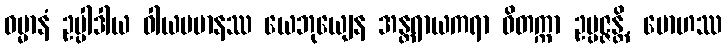
ဓမ္မာနံ ဥပ္ပါဒါယ ဝါယမမာနဿ ယေဘုယျေန အန္တရာယကရာ ဝိတက္ကာ ဥပ္ပဇ္ဇန္တိ, မောဟဿ